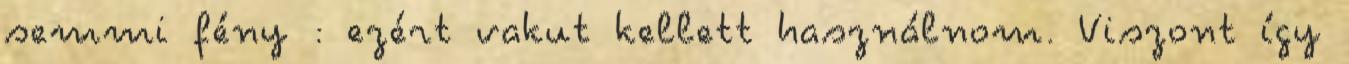
semmi fény : ezért vakut kellett használnom. Viszont így